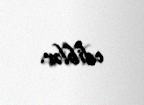
ediblər.